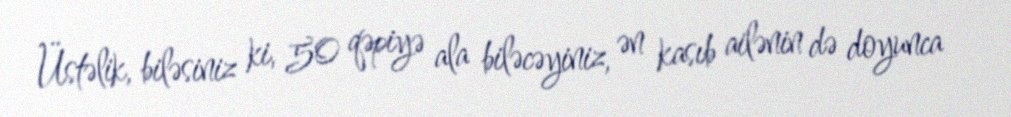
Üstəlik, biləsiniz ki, 50 qəpiyə ala biləcəyiniz, ən kasıb ailənin də doyunca